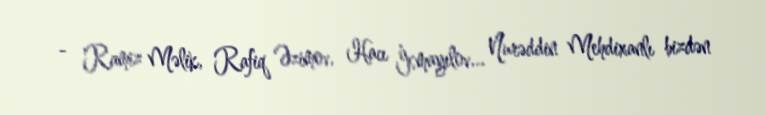
- Ramiz Məlik, Rafiq Əzimov, Hacı İsmayılov... Nurəddin Mehdixanlı bizdən